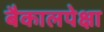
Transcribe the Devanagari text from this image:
बैकालपेक्षा